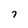
Character: 7